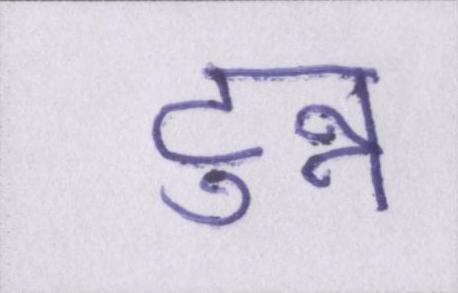
टुन्न